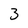
Character: 3